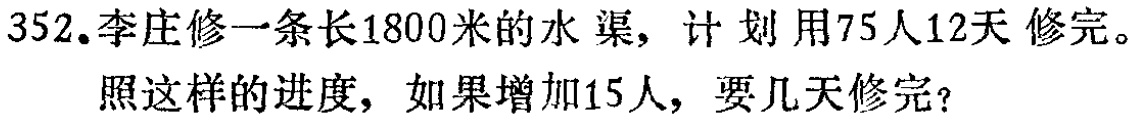
352.李庄修一条长1800米的水渠，计划用75人12天修完。
照这样的进度，如果增加15人，要几天修完？